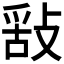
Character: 𢽿